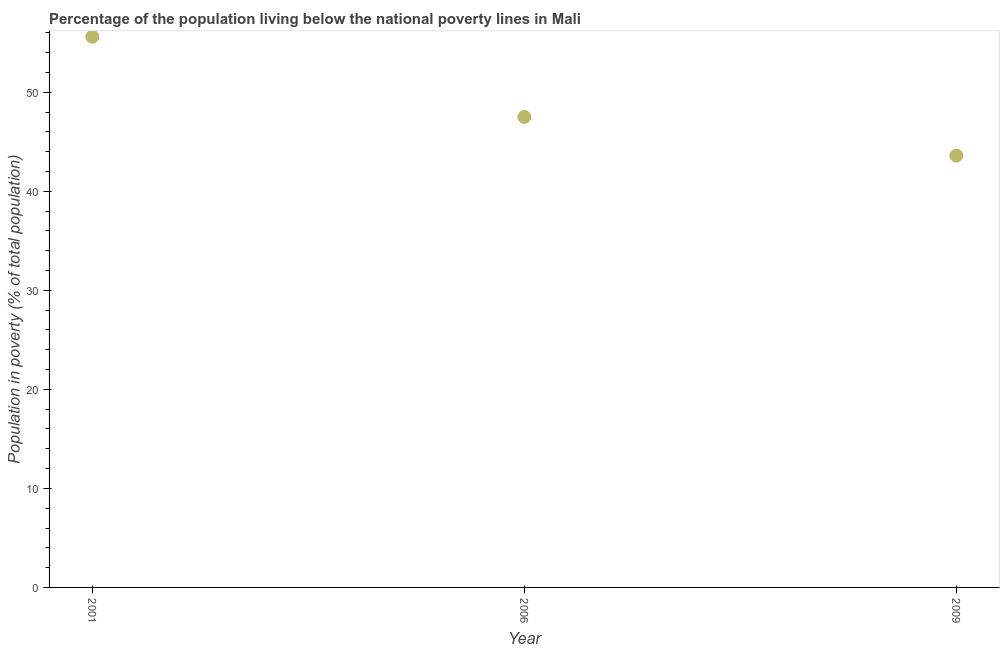
| Year | Poverty headcount ratio |
 | --- | --- |
 | 2001 | 55.6 |
 | 2006 | 47.5 |
 | 2009 | 43.6 |